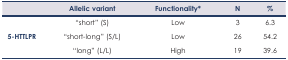
<table><thead><tr><td></td><td><b>Allelic variant</b></td><td><b>Functionality*</b></td><td><b>N</b></td><td><b>%</b></td></tr></thead><tbody><tr><td></td><td>“short” (S)</td><td>Low</td><td>3</td><td>6.3</td></tr><tr><td><b>5-HTTlPR</b></td><td>“short-long” (S/L)</td><td>Low</td><td>26</td><td>54.2</td></tr><tr><td></td><td>“long” (L/L)</td><td>High</td><td>19</td><td>39.6</td></tr></tbody></table>